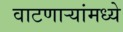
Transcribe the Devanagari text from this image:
वाटणाऱ्यांमध्ये